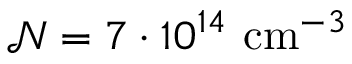
\mathcal { N } = 7 \cdot 1 0 ^ { 1 4 } \mathrm { ~ c m } ^ { - 3 }